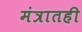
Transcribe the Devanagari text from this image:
मंत्रातही